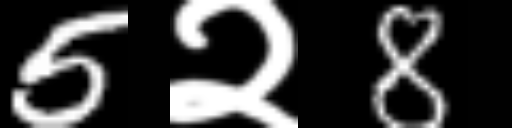
Text: 5२8